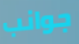
جوانب